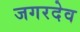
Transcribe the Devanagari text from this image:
जगरदेव